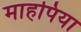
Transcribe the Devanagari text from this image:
माहपिया